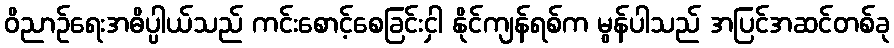
ဝိညာဉ်ရေးအဓိပ္ပါယ်သည် ကင်းစောင့်စေခြင်းငှါ နိုင်ကျန်ရစ်က မွန်ပါသည် အပြင်အဆင်တစ်ခု